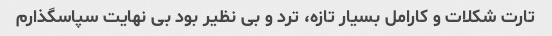
تارت شکلات و کارامل بسیار تازه، ترد و بی نظیر بود بی نهایت سپاسگذارم